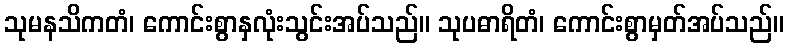
သုမနသိကတံ၊ ကောင်းစွာနှလုံးသွင်းအပ်သည်။ သုပဓာရိတံ၊ ကောင်းစွာမှတ်အပ်သည်။